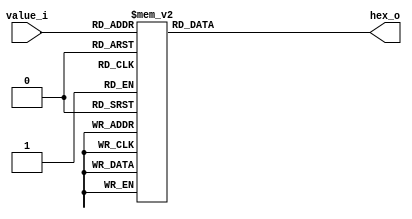

module numb_dec(
    input     [3:0] value_i,
    output    [6:0] hex_o
    );

reg [6:0] dec;

always @(*) begin
    case(value_i)
        4'h0: dec <= 7'b100_0000;
        4'h1: dec <= 7'b111_1001;
        4'h2: dec <= 7'b010_0100;
        4'h3: dec <= 7'b011_0000;
        4'h4: dec <= 7'b001_1001;
        4'h5: dec <= 7'b001_0010;
        4'h6: dec <= 7'b000_0010;
        4'h7: dec <= 7'b111_1000;
        4'h8: dec <= 7'b000_0000;
        4'h9: dec <= 7'b001_0000;
        4'ha: dec <= 7'b000_1000;
        4'hb: dec <= 7'b000_0011;
        4'hc: dec <= 7'b100_0110;
        4'hd: dec <= 7'b010_0001;
        4'he: dec <= 7'b000_0110;
        4'hf: dec <= 7'b000_1110;
    endcase
end

assign hex_o = dec;

endmodule